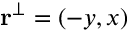
\mathbf { r } ^ { \perp } = ( - y , x )